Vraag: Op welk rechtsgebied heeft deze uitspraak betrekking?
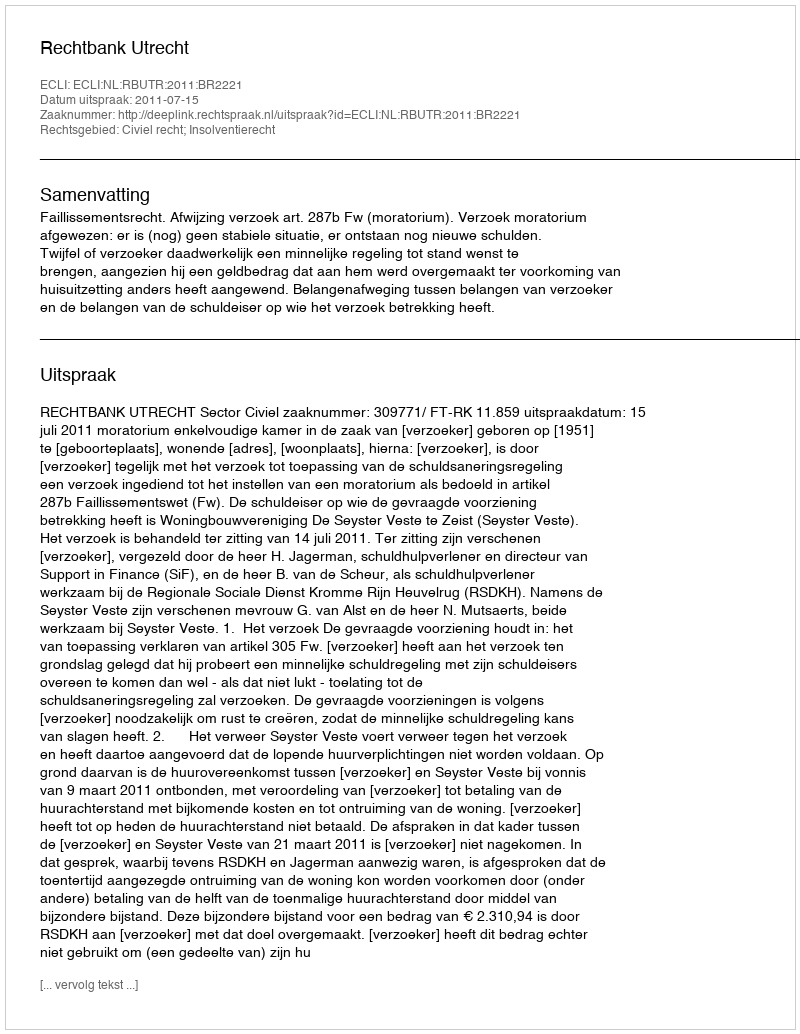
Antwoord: Civiel recht; Insolventierecht